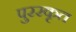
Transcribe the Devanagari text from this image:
पुररकृत